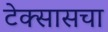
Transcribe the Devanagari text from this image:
टेक्सासचा